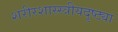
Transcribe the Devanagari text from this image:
शरीरशास्स्त्रीयदृष्ट्या